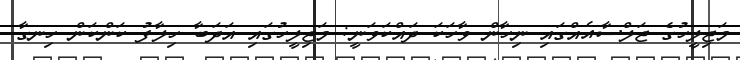
މަޖިލީހުގެ ޖަލްސާއެއްގައި ނިހާން ވާހަކަ ދައްކަވަނީ: މަޖިލީހުގައި އަދަބާ ހިލާފު ކަންކަން ހިނގާ